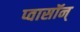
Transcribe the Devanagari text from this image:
प्वासॉन्‌